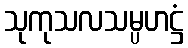
သုကုသလသမ္ပဟဋ္ဌံ